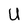
Character: U